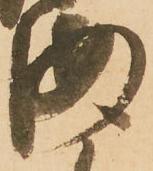
海